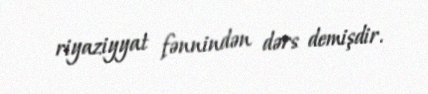
riyaziyyat fənnindən dərs demişdir.